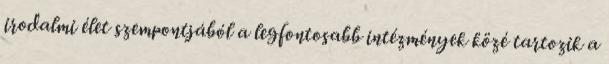
irodalmi élet szempontjából a legfontosabb intézmények közé tartozik a